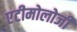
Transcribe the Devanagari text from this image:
एटीमोलोजी